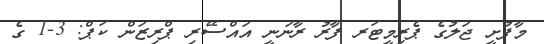
މާފުށީ ޖަލުގެ ޕެރިމީޓަރ ފާރު ރާނަނީ އައްސޭރި ޕްރިޒަން ކަޕް: 3-1 ގެ